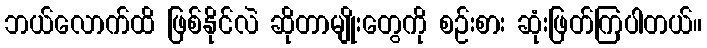
ဘယ်လောက်ထိ ဖြစ်နိုင်လဲ ဆိုတာမျိုးတွေကို စဉ်းစား ဆုံးဖြတ်ကြပါတယ်။